Leaving Certificate Examination (including Day School Certificate (Higher) General paper), 1929
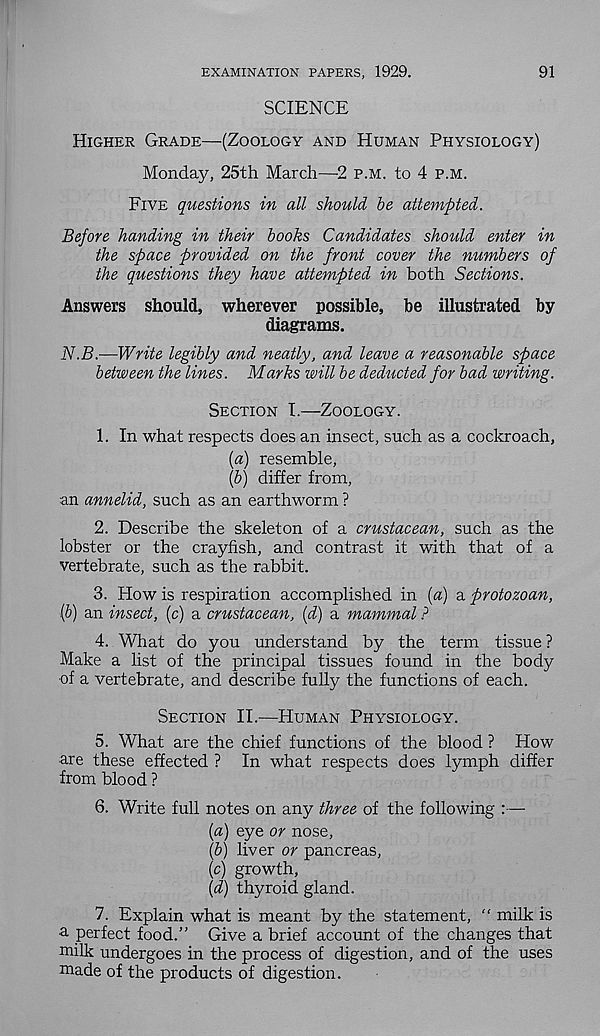
EXAMINATION PAPERS, 1929.
91
SCIENCE
Higher Grade—(Zoology and Human Physiology)
Monday, 25th March—2 p.m. to 4 p.m.
Five questions in all should be attempted.
Before handing in their books Candidates should enter in
the space provided on the front cover the numbers of
the questions they have attempted in both Sections.
Answers should, wherever possible, be illustrated by
diagrams.
N.B.—Write legibly and neatly, and leave a reasonable space
between the lines. Marks will be deducted for bad writing.
Section I.—Zoology.
1. In what respects does an insect, such as a cockroach,
{a) resemble,
(5) differ from,
an annelid, such as an earthworm ?
2. Describe the skeleton of a crustacean, such as the
lobster or the crayfish, and contrast it with that of a
vertebrate, such as the rabbit.
3. How is respiration accomplished in [a) a protozoan,
(b) an insect, (c) a crustacean, (d) a mammal ?
4. What do you understand by the term tissue ?
Make a list of the principal tissues found in the body
■ of a vertebrate, and describe fully the functions of each.
Section II.—Human Physiology.
5. What are the chief functions of the blood ? How
■ are these effected ? In what respects does lymph differ
from blood ?
6. Write full notes on any three of the following :—
(a) eye or nose,
(b) liver or pancreas,
(c) growth,
(d) thyroid gland.
7. Explain what is meant by the statement, “ milk is
a perfect food.” Give a brief account of the changes that
milk undergoes in the process of digestion, and of the uses
made of the products of digestion.